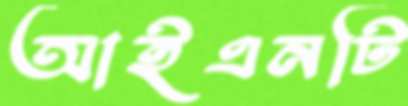
আইএনটি